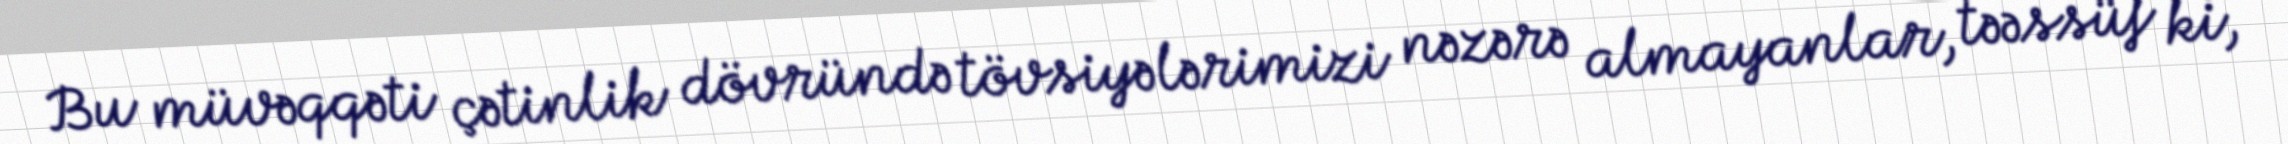
Bu müvəqqəti çətinlik dövründə tövsiyələrimizi nəzərə almayanlar, təəssüf ki,